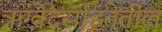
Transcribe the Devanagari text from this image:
ऋग्वेदसंहितेतील